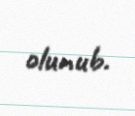
olunub.